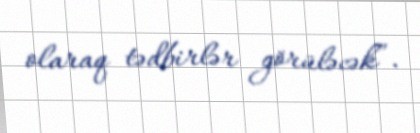
olaraq tədbirlər görüləcək”.